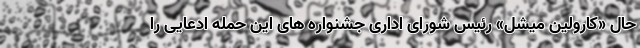
حال «کارولین میشل» رئیس شورای اداری جشنواره‌ های این حمله ادعایی را